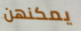
يمكنهن